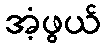
အံ့ဖွယ်